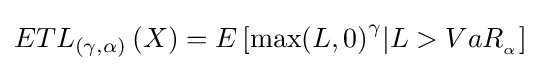
ET{L_{\left({\gamma ,\alpha }\right)}}\left(X\right)=E\left[{{\rm {max}}{{\left({L,0}\right)}^{\gamma }}|L>Va{R_{_{\alpha }}}}\right]